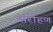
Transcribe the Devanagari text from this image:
संरोहण